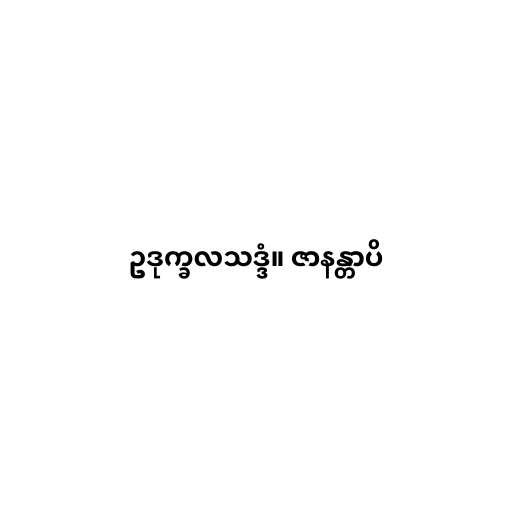
ဥဒုက္ခလသဒ္ဒံ။ ဇာနန္တာပိ